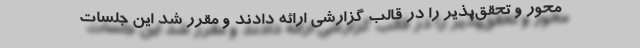
محور و تحقق‌پذیر را در قالب گزارشی ارائه دادند و مقرر شد این جلسات